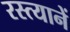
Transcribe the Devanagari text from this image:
रस्त्यानें